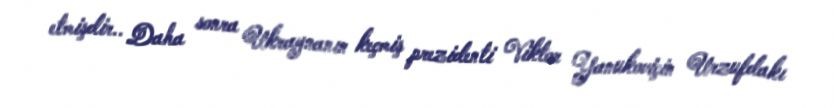
etmişdir.. Daha sonra Ukraynanın keçmiş prezidenti Viktor Yanukoviçin Urzufdakı